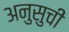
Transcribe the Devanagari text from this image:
अनुसुची